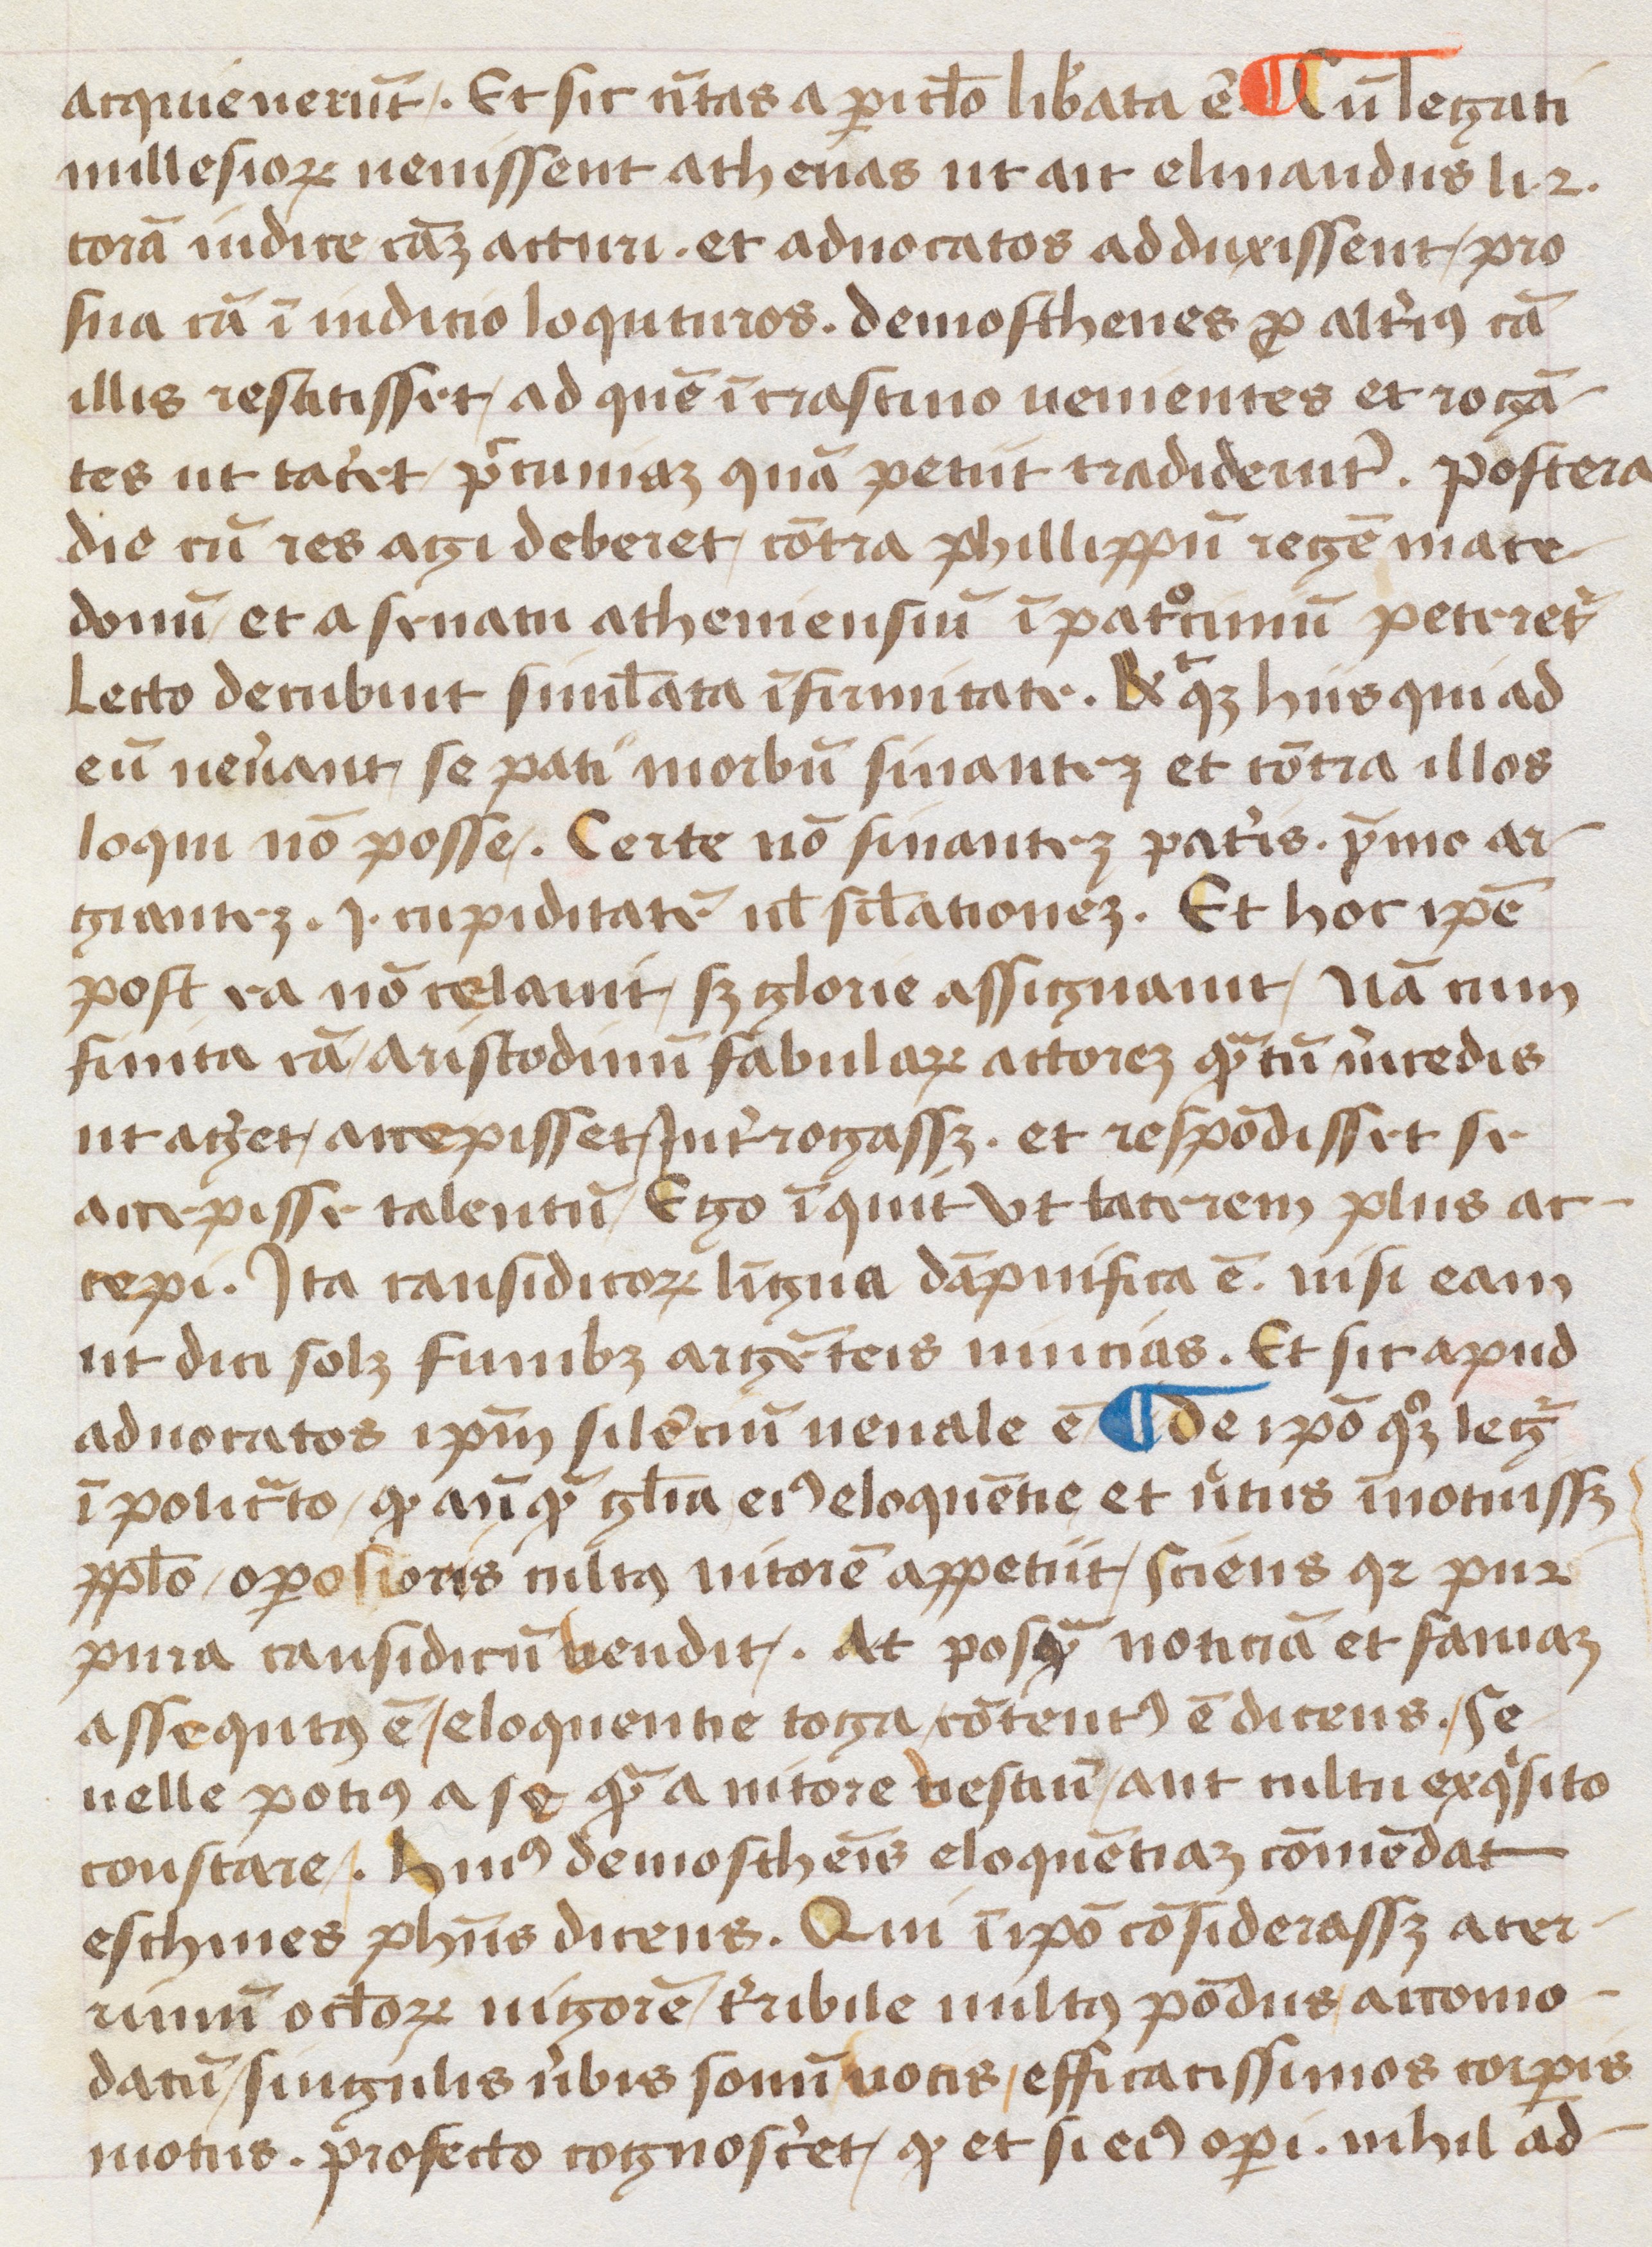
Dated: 1452–1452